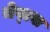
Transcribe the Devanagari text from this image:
नेप्ल्स